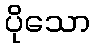
ပိုသော